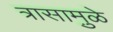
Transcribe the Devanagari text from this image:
त्रासामु़ळे